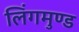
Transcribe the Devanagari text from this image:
लिंगमुण्ड